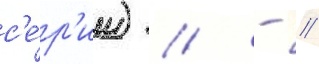
с'е́р'ии) // - //